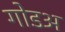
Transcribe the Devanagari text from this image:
गोडअ